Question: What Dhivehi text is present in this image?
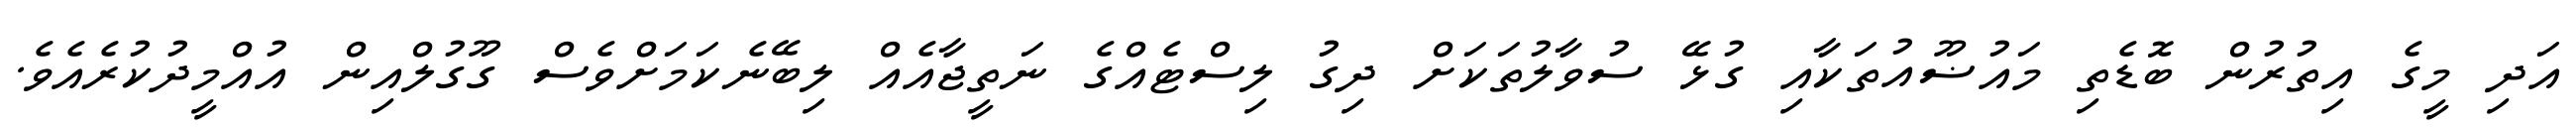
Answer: އަދި މީގެ އިތުރުން ބޮޑެތި މައުޟޫއުތަކާއި ގުޅޭ ސުވާލުތަކަށް ދިގު ލިސްޓެއްގެ ނަތީޖާއެއް ލިބޭނެކަމަށްވެސް ގޫގުލްއިން އުއްމީދުކުރެއެވެ.